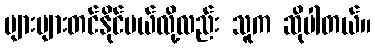
များများတင်နိုင်မယ်လို့လည်း သူက ဆိုပါတယ်။